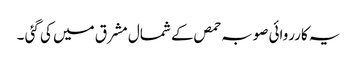
یہ کارروائی صوبہ حمص کے شمال مشرق میں کی گئی ۔